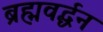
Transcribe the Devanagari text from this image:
ब्रह्मवर्द्धन